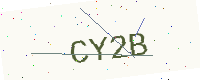
Text: CY2B